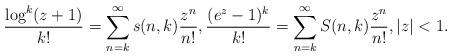
LaTeX: \begin{align*}\dfrac{\log^k (z+1)}{k!}=\sum_{n=k}^\infty s(n,k) \dfrac{z^n}{n!},\dfrac{(e^z-1)^k}{k!}=\sum_{n=k}^\infty S(n,k) \dfrac{z^n}{n!},|z|<1.\end{align*}